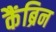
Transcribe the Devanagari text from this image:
कैंब्रिन